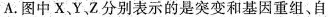
A. 图中X、Y、Z分别表示的是突变和基因重组、自